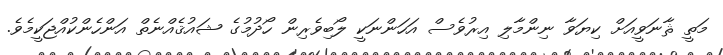
މަތީ ޘާނަވީއަށް ކިޔަވާ ނިންމާލި އިރުވެސް އަހަންނަކީ ލޯބިވެރިން ހޯދުމުގެ ޝައުޤެއްނެތް އަންހެންކުއްޖަކީމެވެ.